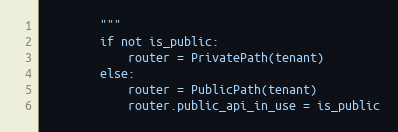
Language: Python
        """
        if not is_public:
            router = PrivatePath(tenant)
        else:
            router = PublicPath(tenant)
            router.public_api_in_use = is_public